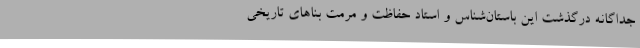
جداگانه‌ درگذشت این باستان‌شناس و استاد حفاظت و مرمت بناهای تاریخی